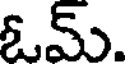
ఓమ్.